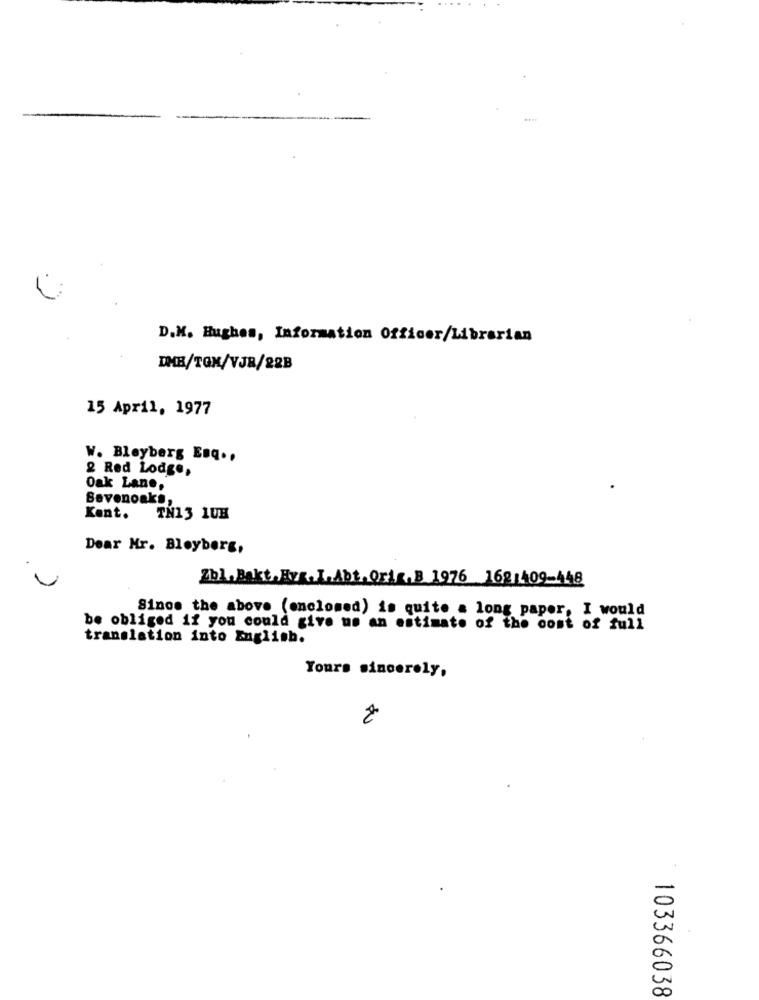
D.M. Hughes, Information Officer/Librarian
DMB/TON/VJR/22B
15 April, 1977
W. Bleyberg Enq ..
2 Red Lodge,
Oak Lane,
Sevenoaks,
Kent.
TN13 1UH
Dear Mr. Bleyberg,
Zbl.Bakt. Evr.L.Abt. Orig.B 1976 1621409-448
Sinoe the above (enclosed) is quite a long paper, I would
be obliged if you could give us an estimate of the cost of full
translation into English.
Yours sincerely,
2
103366038